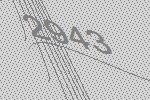
2943